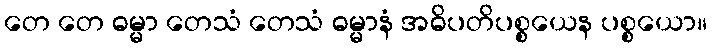
တေ တေ ဓမ္မာ တေသံ တေသံ ဓမ္မာနံ အဓိပတိပစ္စယေန ပစ္စယော။